Annual report on the health of the army in India
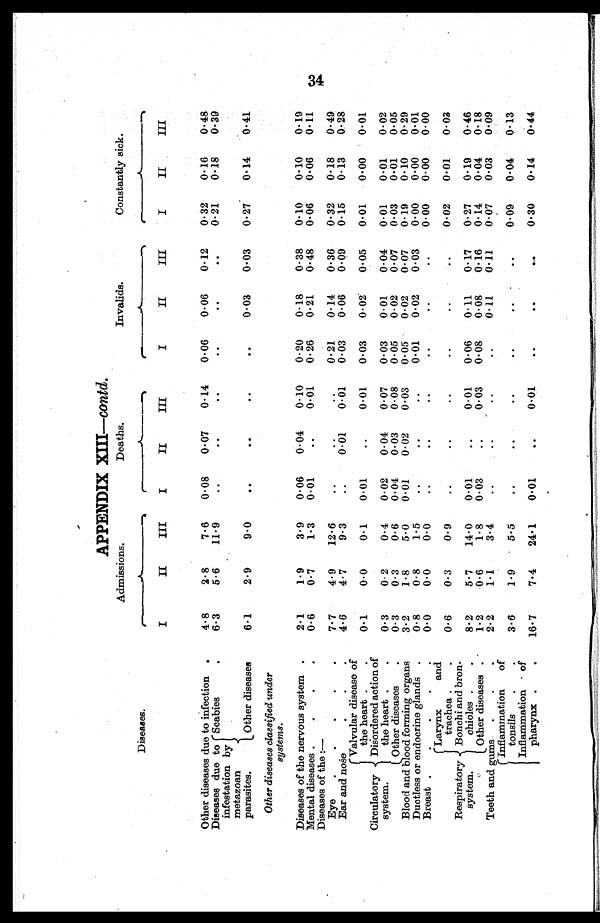
APPENDIX XIII—contd.
D i s e a s e s .
Admissions.
Deaths .
I n v a l i d s .
Constantly sick.
I
II
III
I
II
III
I
II
III
I
II
III
Other diseases due to infection .
1.8
2.8
7.6
0.08
0.07
0.14
0.06
0.06
0.12
0.32
0.16
0.48
Diseases due to
infestation by
metazoan
parasites.
Scabies.
6.3
5.6
11.9
. .
. .
. .
. .
. .
. .
0.21
0.18
0.39
Other diseases
6. 1
2. 9
9.0
. .
. .
. . .
. . .
0.03
0.03
0.27
0.14
0.11
Other diseases classified under
s y s t e m s .
Diseases of the nervous system .
2.1
1.9
3.9
0.06
0.04
0.10
0.20
0.18
0.38
0.10
0.10
0.19
Mental diseases.
. . .
0.6
0.7
1.3
0.01
. .
0.01
0.26
0.21
0.48
0.06
0.06
0.11
Diseases of the :
—
Eye..
. . .
7.7
4.9
12.6
. .
. .
. .
0.21
0.14
0.36
0.32
0.18
0.49
Ear and nose
4.6
4.7
9.3
. .
0.01
0.01
0.03
0.06
0.09
0.15
0.13
0.28
Circulatory
system.
Valvular disease of
the heart . .
0.1
0.0
0.1
0.01
. .
0.01
0.03
0.02
0.05
0.01
0.00
0.01
Disordered action of
the heart . .
0.3
0.2
0.4
0.02
0.04
0.07
0.03
0.01
0.04
0.01
0.01
0.02
Other diseases
.
0.3
0.3
0.6
0.04
0.03
0.08
0.05
0.02
0.07
0.03
0.01
0.05
Blood and blood forming organs
3.2
1.8
5.0
0.01
0.02
0.03
0.05
0.02
0.07
0.19
0.10
0.29
Ductless or endocrine glands .
0.8
0.8
1.5
. .
. .
. .
0.01
0.02
0.03
0.00
0.00
0.01
Breast
. . . . .
0.0
0.0
0.0
. .
. .
. .
. .
. .
. .
0.00
0.00
0.00
Respiratory
system.
Larynx
and
trachea . .
0.6
0.3
0.9
. .
. .
. .
. .
. .
. .
0.02
0.01
0.03
Bonchi and bron-
chioles
. .
8.2
5.7
14.0
0.01
. .
0.01
0.06
0.11
0.17
0.27
0.19
0.46
Other diseases .
1.2
0.6
1.8
0.03
. .
0.03
0.08
0.08
0.16
0.14
0.04
0.18
Teeth and gums
. .
2.2
1.1
3.4
. .
. .
. .
. .
0.11
0.11
0.07
0.03
0.09
Inflammation of
tonsils
.
3.6
1.9
5.5
. .
. .
. .
. .
. .
. .
0.09
0.04
0.13
Inflammation of
pharynx . .
16.7
7.4
24.1
0.01
. .
0.01
. .
. .
. .
0.30
0.14
0.44
34